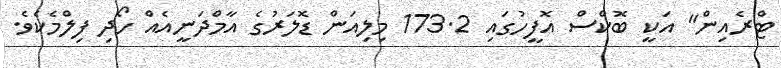
ޓްރެއިން" އަކީ ބޮކްސް އޮފީހުގައި 173.2 މިލިއަން ޑޮލަރުގެ އާމްދަނީއެއް ހޯދި ފިލްމެކެވެ.